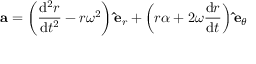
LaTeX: \mathbf { a } = \left( { \frac { \mathrm { d } ^ { 2 } r } { \mathrm { d } t ^ { 2 } } } - r \omega ^ { 2 } \right) \mathbf { \hat { e } } _ { r } + \left( r \alpha + 2 \omega { \frac { \mathrm { d } r } { \mathrm { { d } } t } } \right) \mathbf { \hat { e } } _ { \theta }